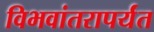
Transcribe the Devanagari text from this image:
विभवांतरापर्यंत